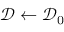
\mathcal { D } \leftarrow \mathcal { D } _ { 0 }